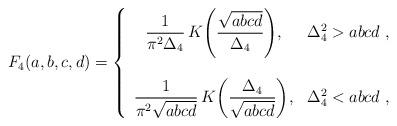
LaTeX: \begin{align*}F_4(a,b,c,d) = \left\{ \begin{array}{cc} \displaystyle{\frac{1}{\pi^2 \Delta_4} \, K \!\left( \frac{\sqrt{abcd}}{\Delta_4} \right)}, & \Delta_4^2 > abcd \;,\\ \\ \displaystyle{\frac{1}{\pi^2 \sqrt{abcd}} \, K \!\left( \frac{\Delta_4}{\sqrt{abcd}} \right)}, & \Delta_4^2 < abcd\;, \end{array}\right.\end{align*}